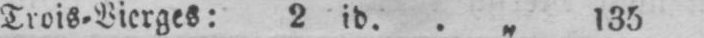
Trois⸗Vierges: 2 id. .„ 135